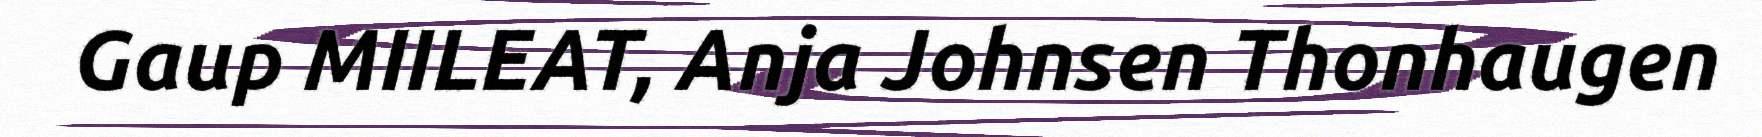
Gaup MIILEAT, Anja Johnsen Thonhaugen